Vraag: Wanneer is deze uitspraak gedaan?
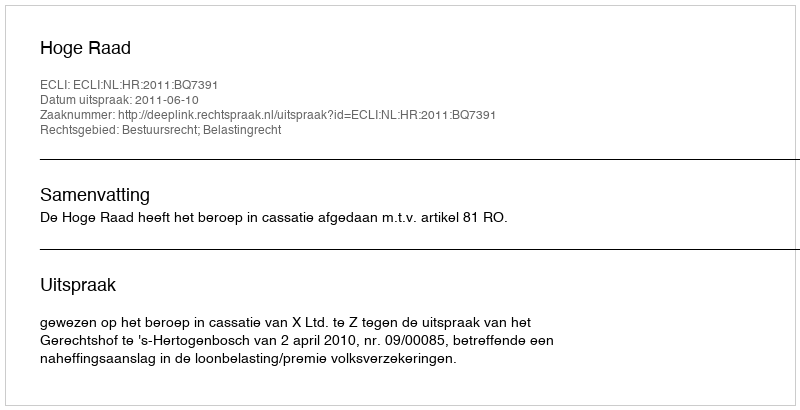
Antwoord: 2011-06-10